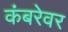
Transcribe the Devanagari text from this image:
कंबरेवर